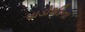
પાડોશીના